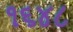
૧૬૪૮